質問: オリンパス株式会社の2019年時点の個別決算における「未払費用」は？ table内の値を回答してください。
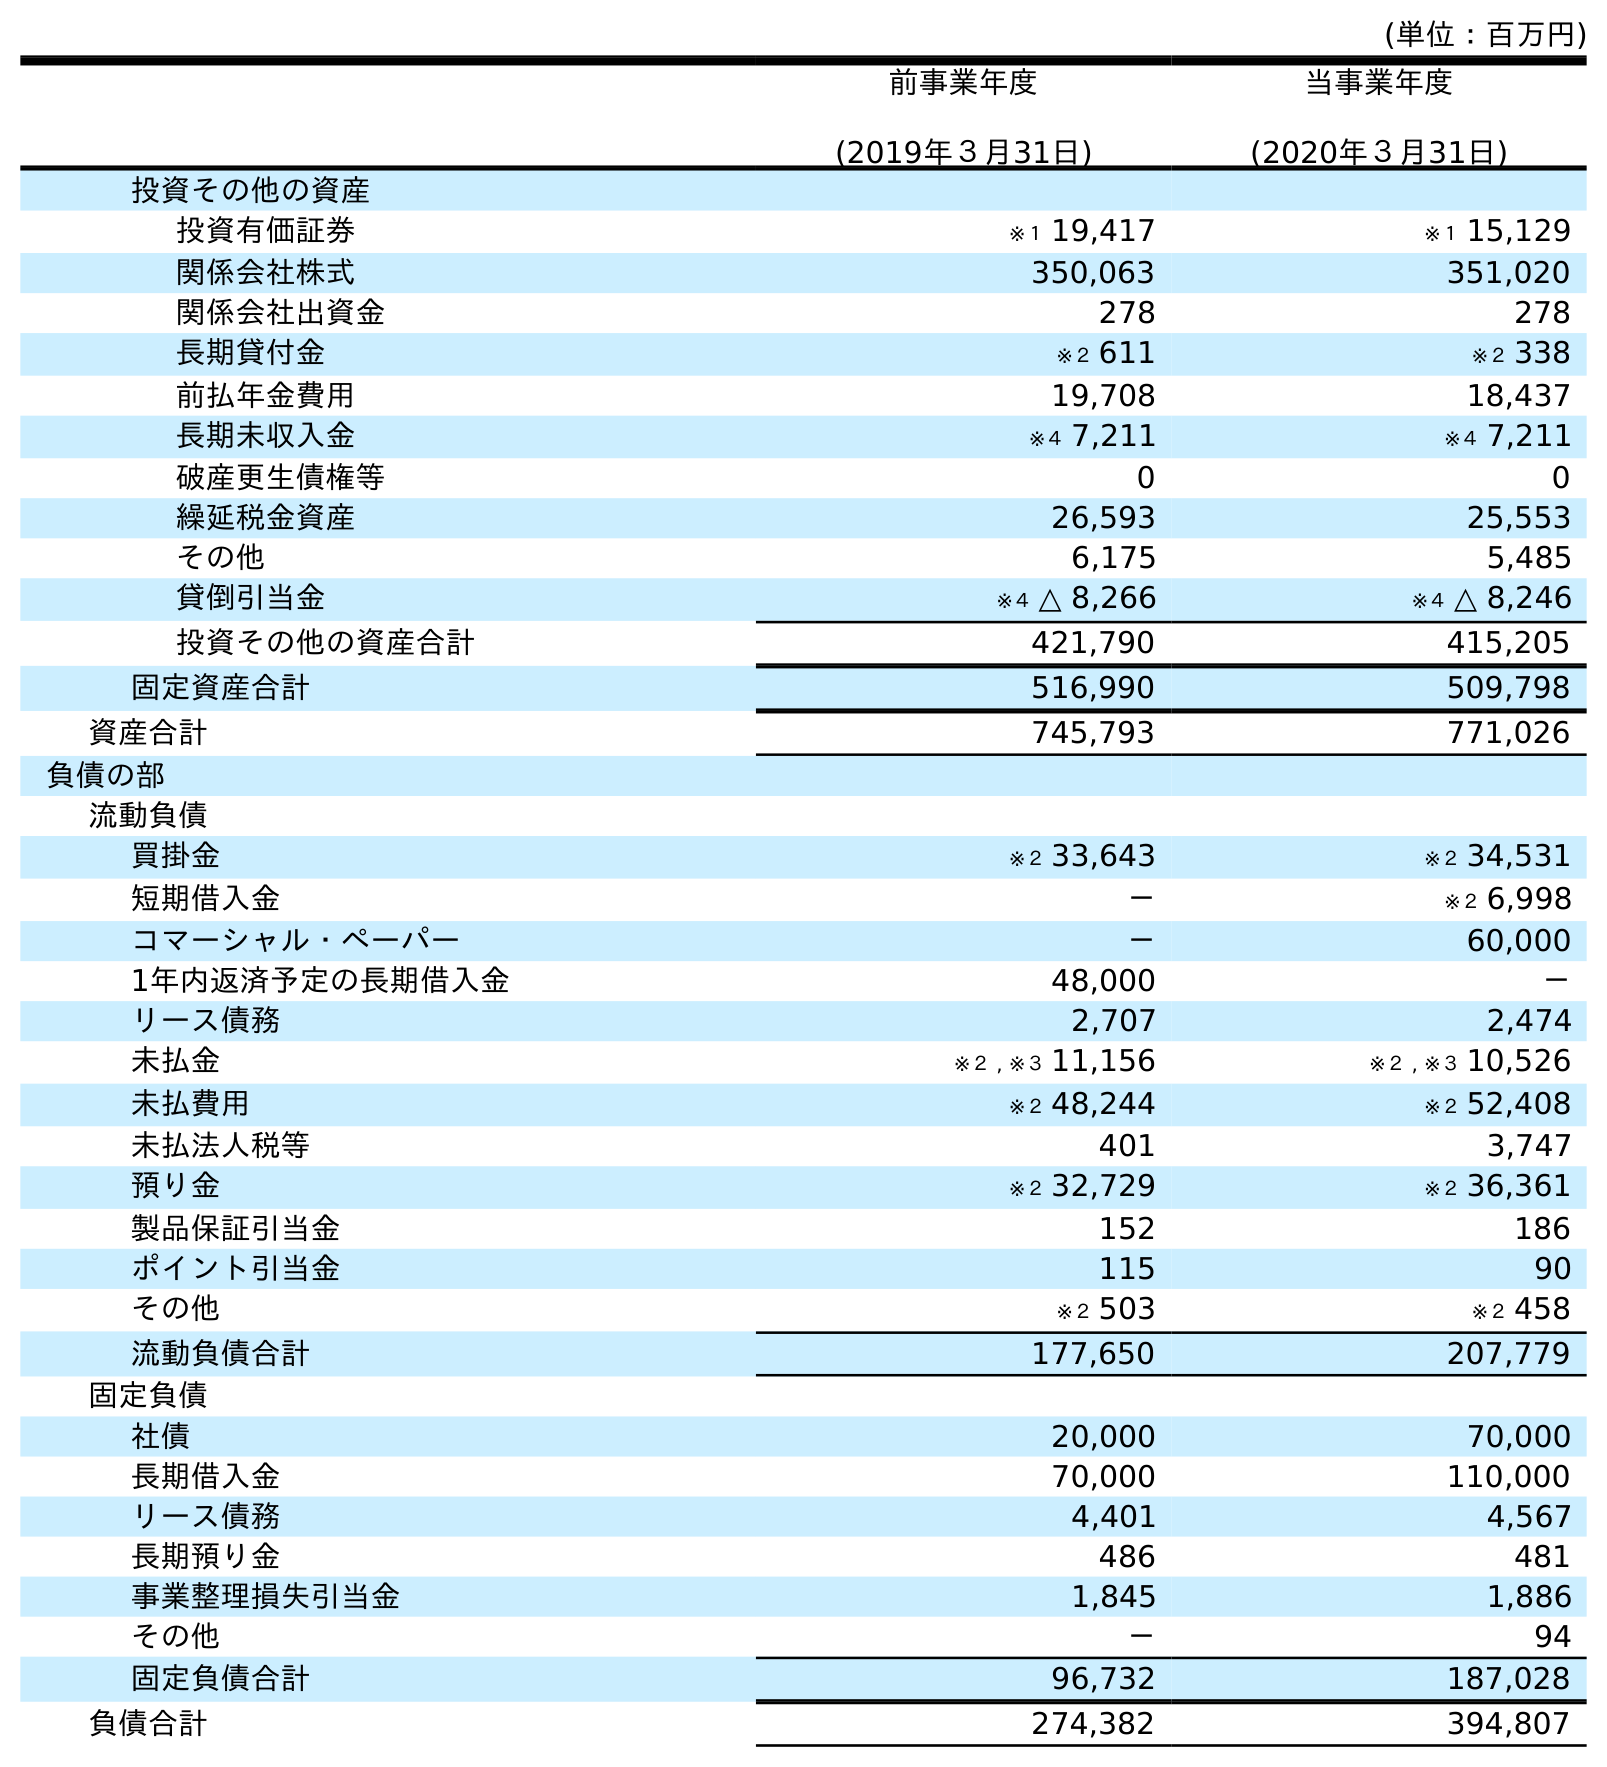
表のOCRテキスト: (単位：百万円) 前事業年度 (2019年３月31日) 当事業年度 (2020年３月31日) 投資その他の資産 投資有価証券 ※１ 19,417 ※１ 15,129 関係会社株式 350,063 351,020 関係会社出資金 278 278 長期貸付金 ※２ 611 ※２ 338 前払年金費用 19,708 18,437 長期未収入金 ※４ 7,211 ※４ 7,211 破産更生債権等 0 0 繰延税金資産 26,593 25,553 その他 6,175 5,485 貸倒引当金 ※４ △ 8,266 ※４ △ 8,246 投資その他の資産合計 421,790 415,205 固定資産合計 516,990 509,798 資産合計 745,793 771,026 負債の部 流動負債 買掛金 ※２ 33,643 ※２ 34,531 短期借入金 － ※２ 6,998 コマーシャル・ペーパー － 60,000 1年内返済予定の長期借入金 48,000 － リース債務 2,707 2,474 未払金 ※２ , ※３ 11,156 ※２ , ※３ 10,526 未払費用 ※２ 48,244 ※２ 52,408 未払法人税等 401 3,747 預り金 ※２ 32,729 ※２ 36,361 製品保証引当金 152 186 ポイント引当金 115 90 その他 ※２ 503 ※２ 458 流動負債合計 177,650 207,779 固定負債 社債 20,000 70,000 長期借入金 70,000 110,000 リース債務 4,401 4,567 長期預り金 486 481 事業整理損失引当金 1,845 1,886 その他 － 94 固定負債合計 96,732 187,028 負債合計 274,382 394,807
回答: ※２48,244